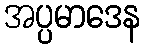
အပ္ပမာဒေန